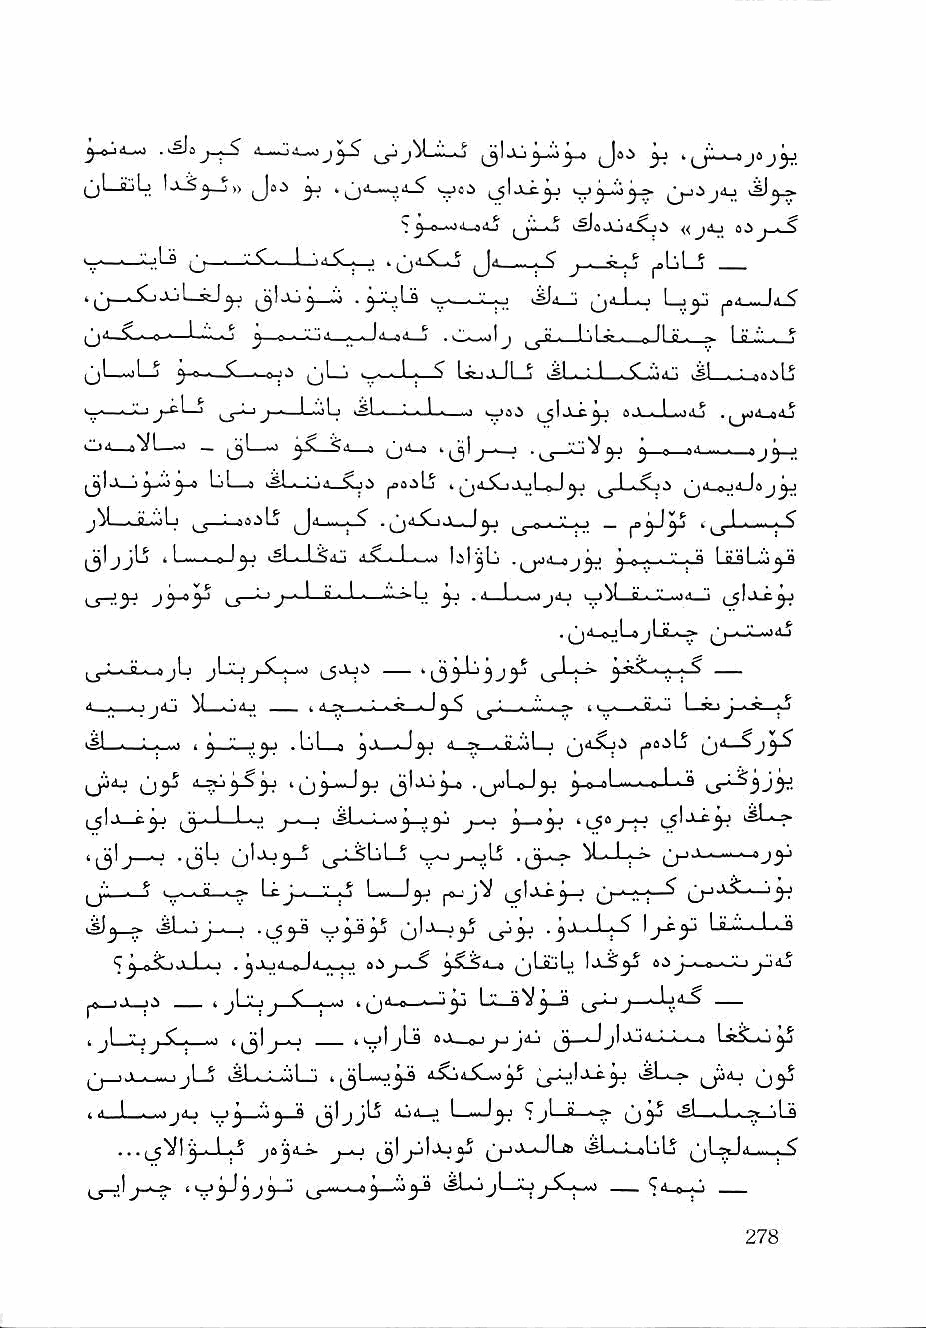
5^"—^       <»—                       ^ HjP_._»jaj^
 jjLsLilj 1j3^_j)) (Joi ^               jjjijii.)
 ^iQ      ^ ^dJo4.SL>^ {{ jAj Q<^^ ^
 V.' ' '. . O""*——L-j4-S_j—J fc ^ j - ^L.L5 _
 t  ^ CjJuL        .^JLjLfl ^ '" - j ^d_1Lo ^4-wJ<L^
 (ji-i^-o-^—L::_^        .c^Ij
 (jLi^l—J ^-f>-. Jv . 0 O (jLj I^.,. 1 ,. *? LssjjJLj 1^1 n n l| n '
 •—■——V-i ,_y^ j ,■—UjiL vSL—'•, ■„L.—.,j ^_5lJLc^ e
 P     c
 >.lj4—sVLjJ jjL—) Sd » ('l-i-S >| Cil I ■ ■ ., '-' "i S/ I
 ^1«A—               |,0d^L) ju>Lp^^ ^.1,'.5»«>.^ -g. tA Iaj^j
 jV—»JL-dLj ^—L-6».iLS ,^4 I.. . ^ .^^4.ijJi,.J^ ^ n ^ ^
 ^IjjLj t 1 0 1^ l^Li—L^dJ J.^^-Lwns> m^Lj Jo- . V . Q i e QI J ft
 —L) 1 B » 1 * ^ .4 ,L.^..,ijd,j uJ^_g,..,V..i>«1_i
 . |Jj4.^jL^jIjLs^
 LT^—           l-S-^"^ 'l3i-^3jy      ri-f^ —
 —
 d_._o iiG ^I_>J<ij — t l^--x^. Z . 5; ■» J CL^ , 1 L-u
 G   od
 ■^1 - ■ ■ ■ I ^ '■' ' ^ ■ .Lil a j I * • ^ ^.' d ■ o .".'il I
 I—
 1^1,t cyj ^j---l—I, • I j_ j 1 j—J^           ^
 'l3'j—^                     -O^  U.J_|J>- tj-i-'—-' • "jy
 ^S)^ •£
 '^^-ttiuJuL.-) j > Id „ L ■ ■ . oi ^SLSd_» ^LaliL
 -J^ LX—S*^^—9
 ja: (3_J_     LskSLu j5
 , i_>l iLi
 djLS .sL-LXiL; 4j3I—dji 4,5Ljd^L^ Jj
 =■   uy
 t d_l_._,.i jAj k^f),-.".i j—S *7 ®—^ U3^ ■?! -•-l-.Jy-jLs
 , , , . 1 . ^ j~^     3^ jjj«x-JLto ksLii—^LiLj Id... . ^
 'V3-'3J3-^       iLijLjojX^ —  'j'W-o —